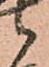
候